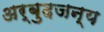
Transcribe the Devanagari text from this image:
अर्बुदजन्य